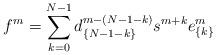
LaTeX: \begin{align*} f^m=\sum_{k=0}^{N-1} d_{ \lbrace N-1-k\rbrace}^{m-(N-1-k)}s^{m+k}e^{m}_{\lbrace k\rbrace} \end{align*}